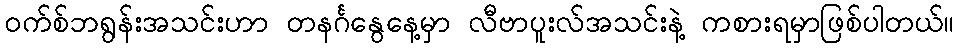
ဝက်စ်ဘရွန်းအသင်းဟာ တနင်္ဂနွေနေ့မှာ လီဗာပူးလ်အသင်းနဲ့ ကစားရမှာဖြစ်ပါတယ်။